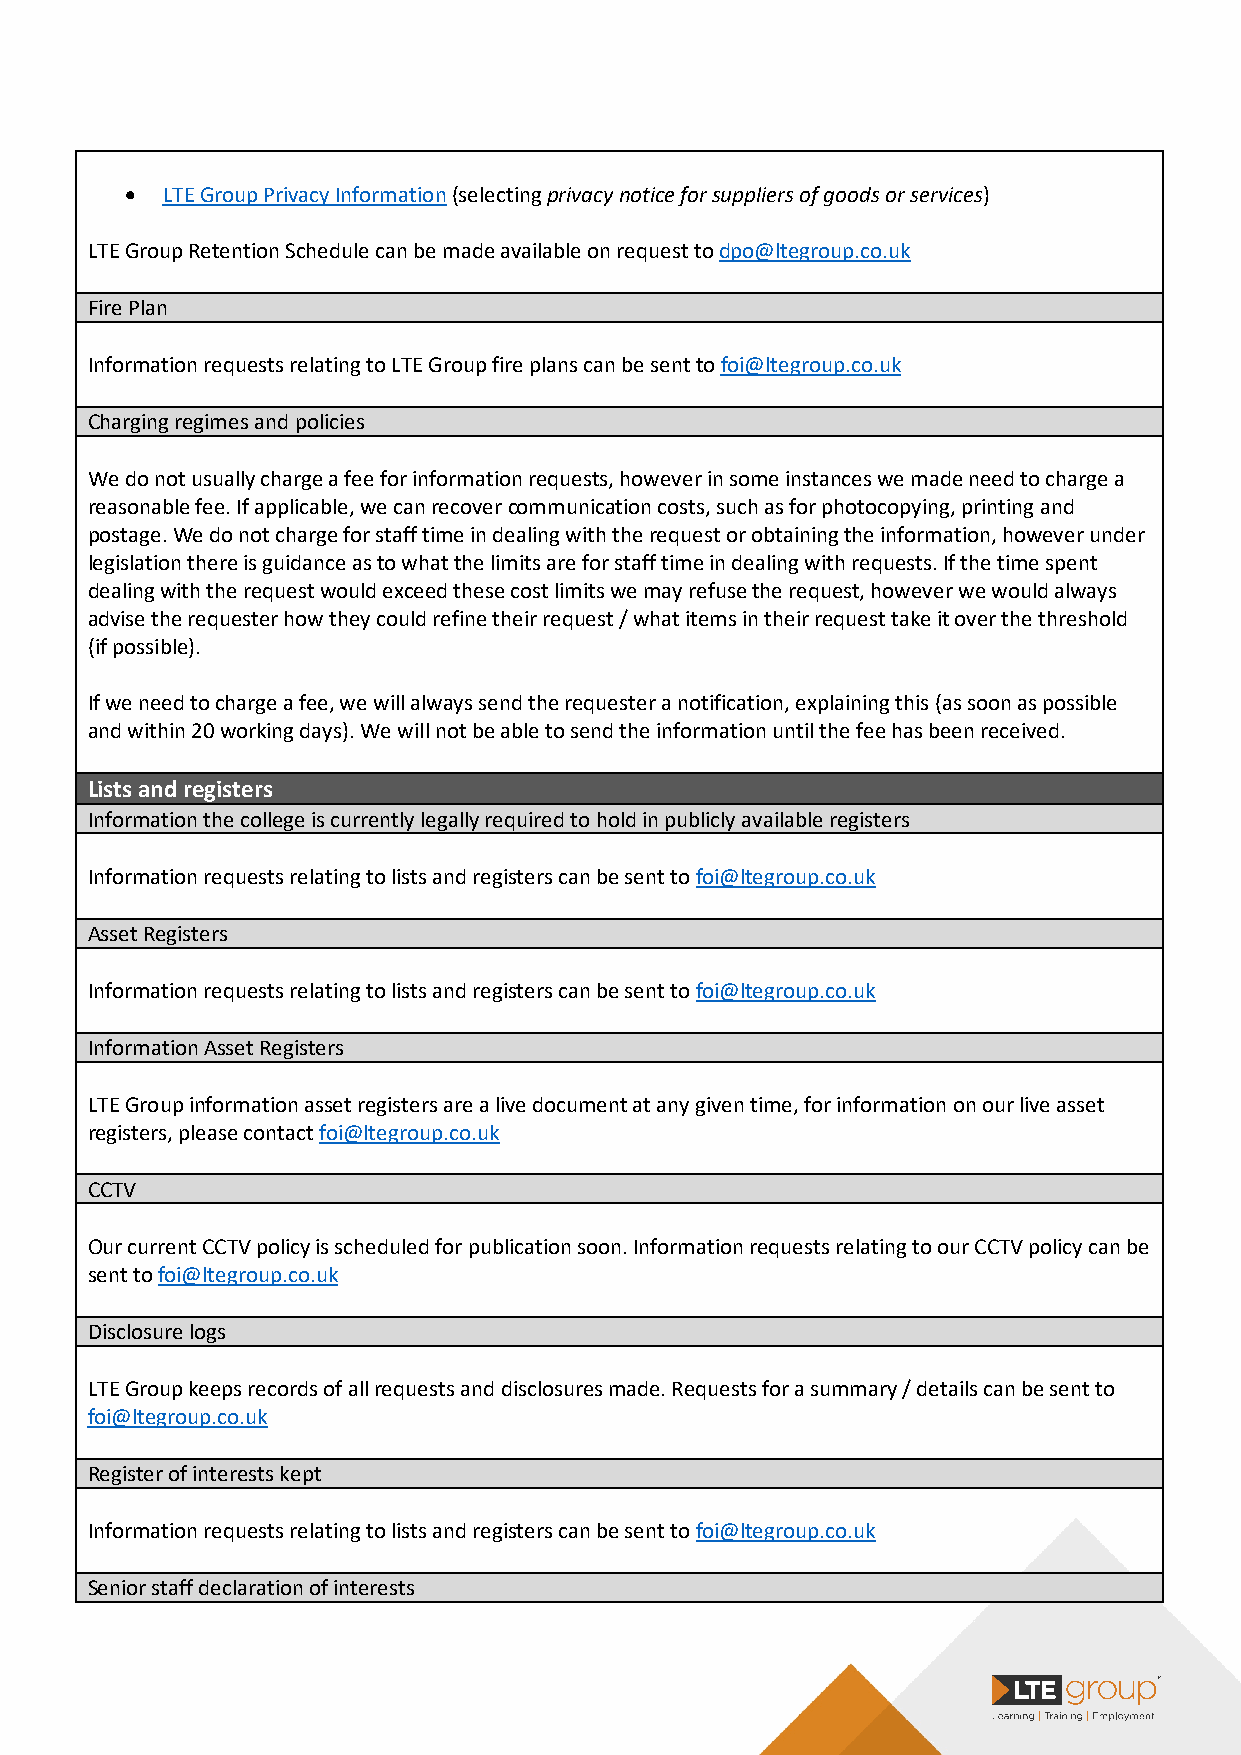
•  LTE Group Privacy Information (selecting privacy notice for suppliers of goods or services)
 LTE Group Retention Schedule can be made available on request to dpo@ltegroup.co.uk
 Fire Plan
 Information requests relating to LTE Group fire plans can be sent to foi@ltegroup.co.uk
 Charging regimes and policies
 We do not usually charge a fee for information requests, however in some instances we made need to charge a
 reasonable fee. If applicable, we can recover communication costs, such as for photocopying, printing and
 postage. We do not charge for staff time in dealing with the request or obtaining the information, however under
 legislation there is guidance as to what the limits are for staff time in dealing with requests. If the time spent
 dealing with the request would exceed these cost limits we may refuse the request, however we would always
 advise the requester how they could refine their request / what items in their request take it over the threshold
 (if possible).
 If we need to charge a fee, we will always send the requester a notification, explaining this (as soon as possible
 and within 20 working days). We will not be able to send the information until the fee has been received.
 Lists and registers
 Information the college is currently legally required to hold in publicly available registers
 Information requests relating to lists and registers can be sent to foi@ltegroup.co.uk
 Asset Registers
 Information requests relating to lists and registers can be sent to foi@ltegroup.co.uk
 Information Asset Registers
 LTE Group information asset registers are a live document at any given time, for information on our live asset
 registers, please contact foi@ltegroup.co.uk
 CCTV
 Our current CCTV policy is scheduled for publication soon. Information requests relating to our CCTV policy can be
 sent to foi@ltegroup.co.uk
 Disclosure logs
 LTE Group keeps records of all requests and disclosures made. Requests for a summary / details can be sent to
 foi@ltegroup.co.uk
 Register of interests kept
 Information requests relating to lists and registers can be sent to foi@ltegroup.co.uk
 Senior staff declaration of interests